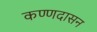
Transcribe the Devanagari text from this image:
कण्णदासन